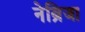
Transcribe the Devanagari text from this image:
नेब्रिजा